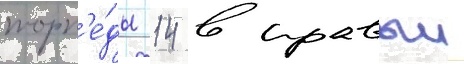
торп'е́ды 14 в правыи